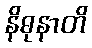
နိဓုနာတိ